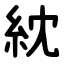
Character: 紞